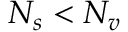
N _ { s } < N _ { v }